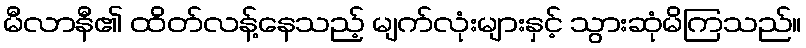
မီလာနီ၏ ထိတ်လန့်နေသည့် မျက်လုံးများနှင့် သွားဆုံမိကြသည်။